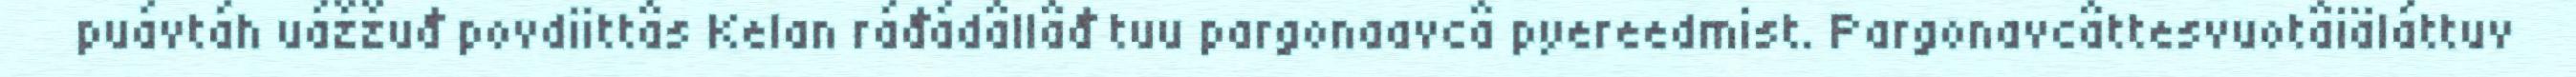
puávtáh uážžuđ povdiittâs Kelan ráđádâllâđ tuu pargonaavcâ pyereedmist. Pargonavcâttesvuotâiäláttuv